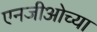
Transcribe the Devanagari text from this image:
एनजीओच्या